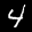
Label: 4